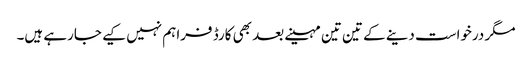
مگر درخواست دینے کے تین تین مہینے بعد بھی کارڈ فراہم نہیں کیے جارہے ہیں۔